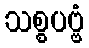
သစ္စပဗ္ဗံ